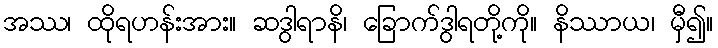
အဿ၊ ထိုရဟန်းအား။ ဆဒွါရာနိ၊ ခြောက်ဒွါရတို့ကို။ နိဿာယ၊ မှီ၍။